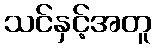
သင်နှင့်အတူ